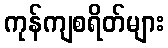
ကုန်ကျစရိတ်များ